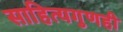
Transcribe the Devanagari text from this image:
साहित्यगुणही